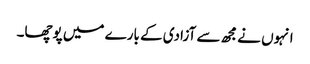
انہوں نے مجھ سے آزادی کے بارے میں پوچھا۔